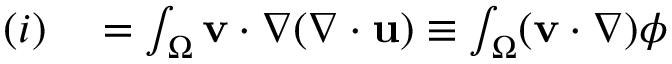
\begin{array} { r l r l } { ( i ) } & { { } = \int _ { \Omega } \mathbf { v } \cdot \nabla ( \nabla \cdot \mathbf { u } ) \equiv \int _ { \Omega } ( \mathbf { v } \cdot \nabla ) \phi } \end{array}